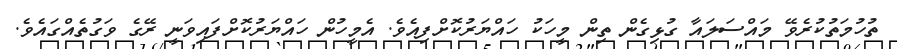
ތުހުމަތުކުރެވޭ މައްސަލައާ ގުޅިގެން ތިން މީހަކު ހައްޔަރުކޮށްފިއެވެ. އެމީހުން ހައްޔަރުކޮށްފައިވަނީ ރޭގެ ވަގުތެއްގައެވެ.